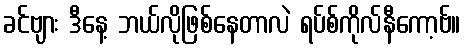
ခင်ဗျား ဒီနေ့ ဘယ်လိုဖြစ်နေတာလဲ ရပ်စ်ကိုလ်နီကော့ဗ်။